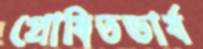
প্রোষিতভার্য